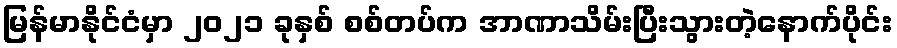
မြန်မာနိုင်ငံမှာ ၂၀၂၁ ခုနှစ် စစ်တပ်က အာဏာသိမ်းပြီးသွားတဲ့နောက်ပိုင်း